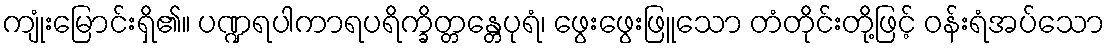
ကျုံးမြောင်းရှိ၏။ ပဏ္ဍရပါကာရပရိက္ခိတ္တန္တေပုရံ၊ ဖွေးဖွေးဖြူသော တံတိုင်းတို့ဖြင့် ဝန်းရံအပ်သော